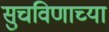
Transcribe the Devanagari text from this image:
सुचविणाच्या